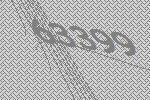
63399